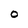
Character: O